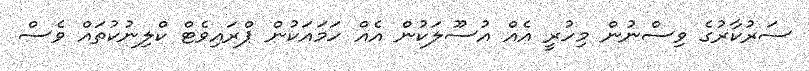
ސަރުކާރުގެ ވިސްނުން މިހުރީ އެއް އުސޫލަކުން އެއް ހަމައަކުން ޕްރައިވެޓް ކްލިނުކުތައް ވެސް